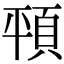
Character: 𩑳